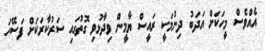
އެއްވެސް މީހަކަށް އަދަބު ދިނުމަކީ ރައީސް ޔާމީން ވިދާޅުވި ގޮތުގައި ސަރުކާރަކަށް ފަސޭހަ